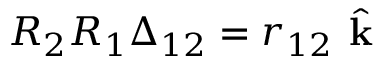
R _ { 2 } R _ { 1 } \boldsymbol { \Delta } _ { 1 2 } = r _ { 1 2 } \hat { \textbf { k } }